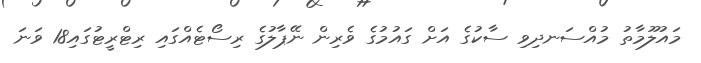
މައުލޫމާތު މުއްސަނދިވި ސާކުގެ އަށް ގައުމުގެ ވެރިން ނޭޕާލުގެ ރިސޯޓެއްގައި ރިޓްރީޓުގައި18 ވަނަ